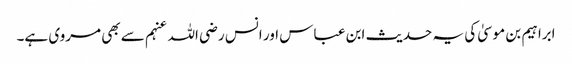
ابراہیم بن موسیٰ کی یہ حدیث ابن عباس اور انس رضی اللہ عنہم سے بھی مروی ہے۔